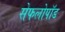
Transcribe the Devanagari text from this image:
सेफलोपॉड